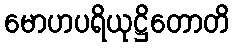
မောဟပရိယုဋ္ဌိတောတိ